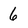
Character: 6